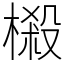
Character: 樧